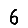
Digit: 6